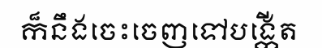
ក៏នឹងចេះចេញទៅបង្កើត